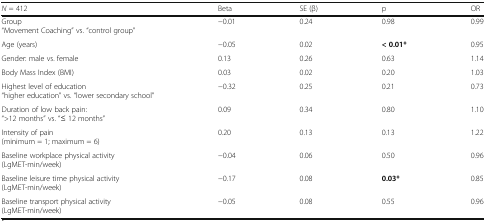
<table><thead><tr><td><b><i>N</i> = 412</b></td><td><b>Beta</b></td><td><b>SE (β)</b></td><td><b>p</b></td><td><b>OR</b></td></tr></thead><tbody><tr><td>Group“Movement Coaching” vs. “control group”</td><td>−0.01</td><td>0.24</td><td>0.98</td><td>0.99</td></tr><tr><td>Age (years)</td><td>−0.05</td><td>0.02</td><td><b>&lt; 0.01*</b></td><td>0.95</td></tr><tr><td>Gender: male vs. female</td><td>0.13</td><td>0.26</td><td>0.63</td><td>1.14</td></tr><tr><td>Body Mass Index (BMI)</td><td>0.03</td><td>0.02</td><td>0.20</td><td>1.03</td></tr><tr><td>Highest level of education“higher education” vs. “lower secondary school”</td><td>−0.32</td><td>0.25</td><td>0.21</td><td>0.73</td></tr><tr><td>Duration of low back pain:“&gt;12 months” vs. “≤ 12 months”</td><td>0.09</td><td>0.34</td><td>0.80</td><td>1.10</td></tr><tr><td>Intensity of pain(minimum = 1; maximum = 6)</td><td>0.20</td><td>0.13</td><td>0.13</td><td>1.22</td></tr><tr><td>Baseline workplace physical activity(LgMET-min/week)</td><td>−0.04</td><td>0.06</td><td>0.50</td><td>0.96</td></tr><tr><td>Baseline leisure time physical activity(LgMET-min/week)</td><td>−0.17</td><td>0.08</td><td><b>0.03*</b></td><td>0.85</td></tr><tr><td>Baseline transport physical activity(LgMET-min/week)</td><td>−0.05</td><td>0.08</td><td>0.55</td><td>0.96</td></tr></tbody></table>